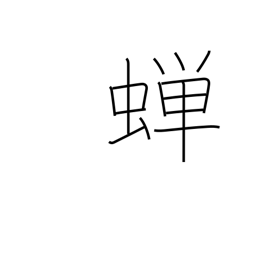
Meaning: cicada